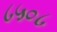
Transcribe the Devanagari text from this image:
८५०८